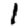
Digit: 1